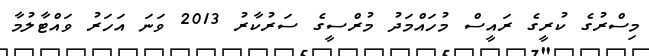
މިސްރުގެ ކުރީގެ ރައީސް މުހައްމަދު މުރްސީގެ ސަރުކާރު 2013 ވަނަ އަހަރު ވައްޓާލުމާ